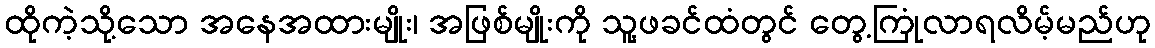
ထိုကဲ့သို့သော အနေအထားမျိုး၊ အဖြစ်မျိုးကို သူ့ဖခင်ထံတွင် တွေ့ကြုံလာရလိမ့်မည်ဟု